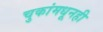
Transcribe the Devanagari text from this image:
चुकांमधूनही